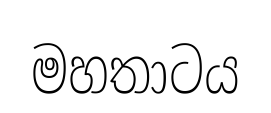
මහතාටය